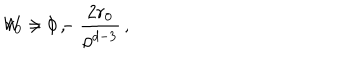
W = 1 - \frac { 2 r _ { 0 } } { \rho ^ { d - 3 } } \, , \hspace { 1 c m } r _ { 0 } > 0 \, ,